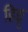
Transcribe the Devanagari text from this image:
हिङ्गु